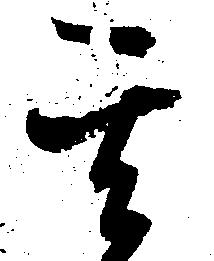
其